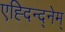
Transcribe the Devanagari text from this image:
एह्दिन्द्नेम्